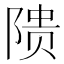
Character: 𬯎